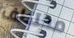
مختطف